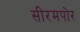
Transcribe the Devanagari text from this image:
सीरमपोर